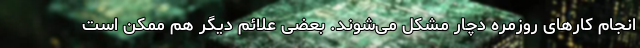
انجام کارهای روزمره دچار مشکل می‌شوند. بعضی علائم دیگر هم ممکن است